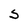
Character: S